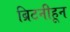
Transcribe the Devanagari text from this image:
ब्रिटनीहून